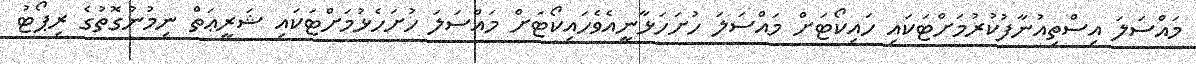
މައްސަލަ އިސްތިއުނާފުކުރުމަށްޓަކައި ހައިކޯޓަށް މައްސަލަ ހުށަހަޅާނީއެވެހައިކޯޓަށް މައްސަލަ ހުށަހެޅުމަށްޓަކައި ޝަރީޢަތް ނިމުނުގޮތުގެ ރިޕޯޓު